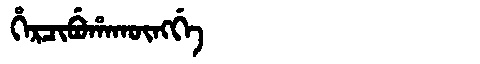
Manchu: ᡥᡝᡵᠴᡳᠪᡠᡥᠠᡴᡡᠩᡤᡝ
Romanization: HERCIBUHAKŪNGGE